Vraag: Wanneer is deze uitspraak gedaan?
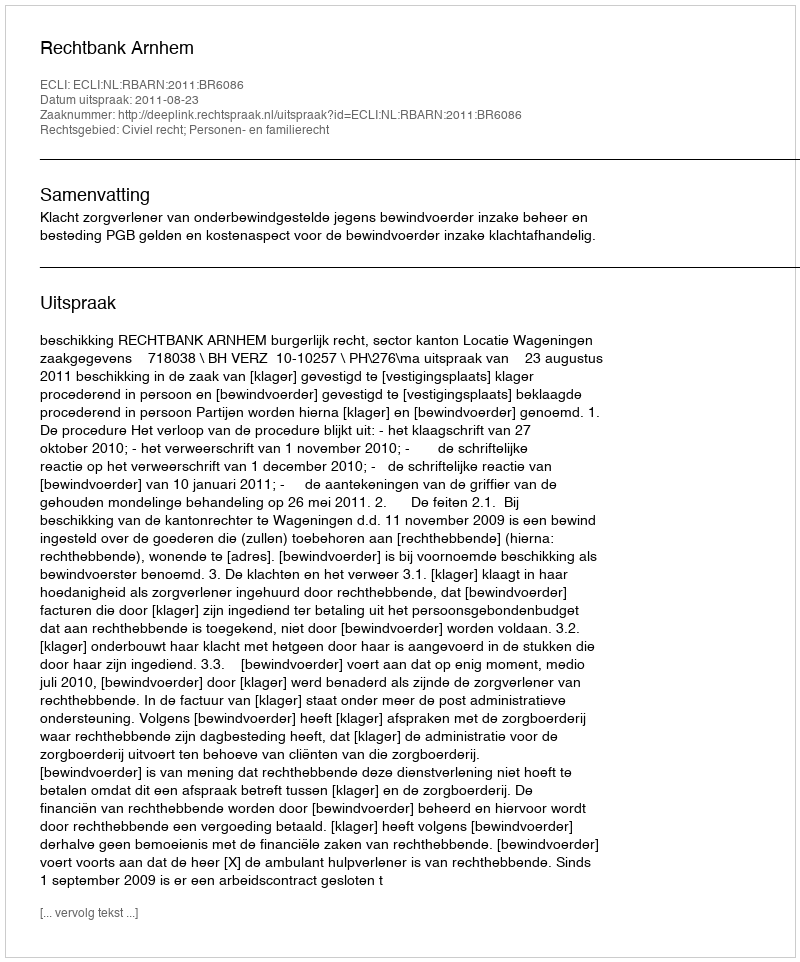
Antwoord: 2011-08-23